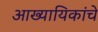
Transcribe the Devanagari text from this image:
आख्यायिकांचे